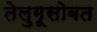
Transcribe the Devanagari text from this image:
तेलुगूसोबत